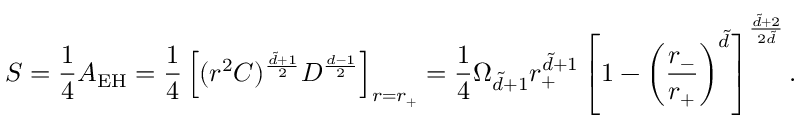
S = \frac { 1 } { 4 } A _ { \mathrm { E H } } = \frac { 1 } { 4 } \left[ ( r ^ { 2 } C ) ^ { \frac { \tilde { d } + 1 } { 2 } } D ^ { \frac { d - 1 } { 2 } } \right] _ { r = r _ { + } } = \frac { 1 } { 4 } \Omega _ { \tilde { d } + 1 } r _ { + } ^ { \tilde { d } + 1 } \left[ 1 - \left( \frac { r _ { - } } { r _ { + } } \right) ^ { \tilde { d } } \right] ^ { \frac { \tilde { d } + 2 } { 2 \tilde { d } } } .